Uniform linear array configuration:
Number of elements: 24
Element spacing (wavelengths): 0.75
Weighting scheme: binomial
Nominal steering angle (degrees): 0
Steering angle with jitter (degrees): -0.7219
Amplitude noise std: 0.05
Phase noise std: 0.05

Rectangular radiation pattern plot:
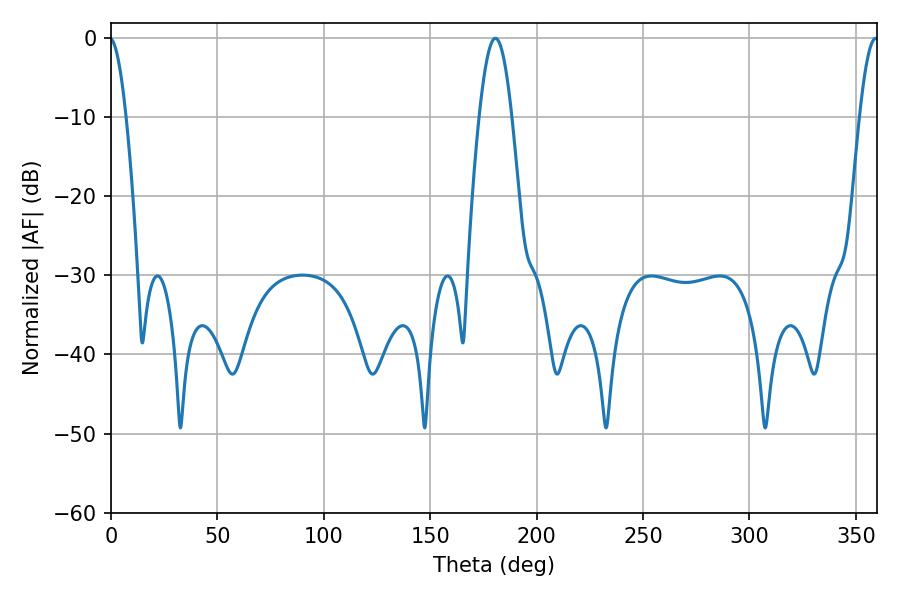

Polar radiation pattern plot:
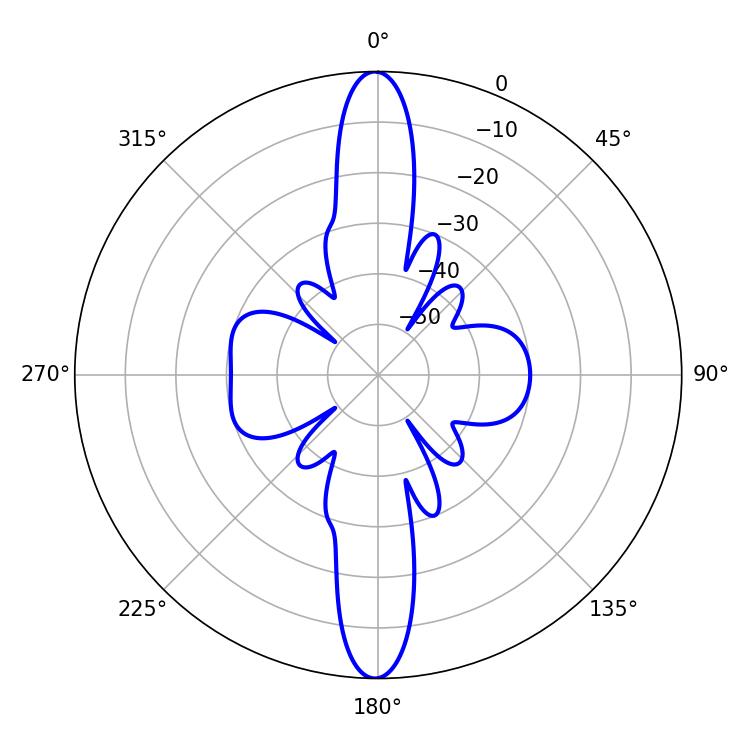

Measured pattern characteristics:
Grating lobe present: TRUE
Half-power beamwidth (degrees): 8.46
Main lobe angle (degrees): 180.72